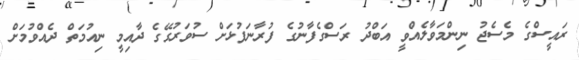
ރައީސްގެ މެސެޖު ނިންމަވާލެއްވީ އަބްދު ރަސްގެފާނުގެ ފުރާނަފުޅަށް ސުވަރުގޭގެ ދާއިމީ ނިއުމަތް ދެއްވުމަށް